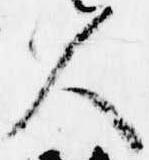
人